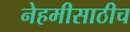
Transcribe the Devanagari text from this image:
नेहमीसाठीच